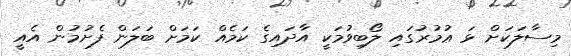
މިސާލަކަށް ޅަ ޢުމުރުގައި ލޯބިވުމަކީ އާދައިގެ ކަމެއް ކަމަށް ބަލަން ފެށުމުން އެއީ